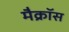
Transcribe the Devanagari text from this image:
मैक्रॉस